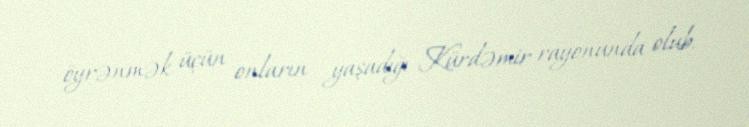
öyrənmək üçün onların yaşadığı Kürdəmir rayonunda olub.